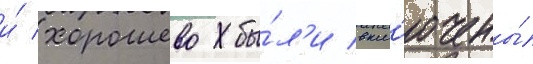
и́ хорошево бы́л'и вкл'ючены́